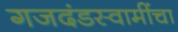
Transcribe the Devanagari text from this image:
गजदंडस्वामींचा